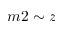
m 2 \sim z